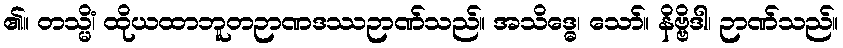
၏။ တသ္မိံ၊ ထိုယထာဘူတဉာဏဒဿဉာဏ်သည်။ အသိဒ္ဓေ၊ သော်။ နိဗ္ဗိဒါ၊ ဉာဏ်သည်။